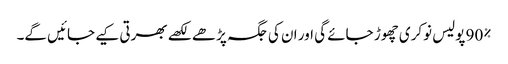
90% پولیس نوکری چھوڑ جائے گی اور ان کی جگہ پڑھے لکھے بھرتی کیے جائیں گے۔